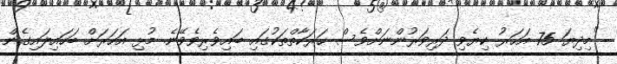
"މިދިޔަ 75 އަހަރު ކިޔެވި ދަރިވަރުންނަށްވެސް ހަރަކާތްތަކުގައި ބައިވެރިވެވޭނެ. މުޅި އަހަރަށް ބަހައިލައިގެން